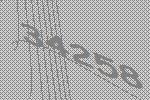
34258